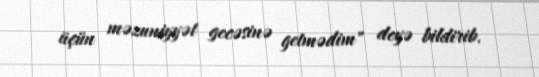
üçün məzuniyyət gecəsinə getmədim" deyə bildirib.